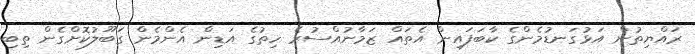
ރައްޔިތުން އަޅުގަނޑުމެންގެ ކާބަފައިން އެތައް ޒަމާނުއްސުރެ ހިތުގެ އަޑިން އެންމެން ގަބޫލުކޮށްގެން ތިބި